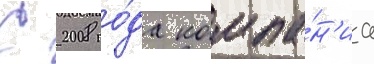
С 2008 го́да компа́н'иа